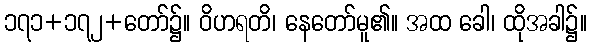
၁၇၁+၁၇၂+တော်၌။ ဝိဟရတိ၊ နေတော်မူ၏။ အထ ခေါ၊ ထိုအခါ၌။